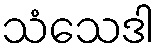
သံသေဒါ